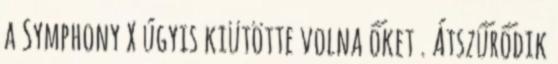
a Symphony X úgyis kiütötte volna őket . Átszűrődik